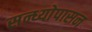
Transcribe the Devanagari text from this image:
सन्ध्याेपासन